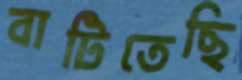
বাটিতেছি